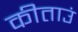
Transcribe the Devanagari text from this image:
कीताउं